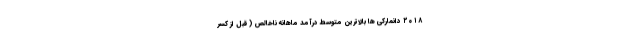
۲۰۱۸ دانمارکی ها بالاترین متوسط درآمد ماهانه ناخالص ( قبل از کسر